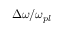
\Delta \omega / \omega _ { p l }